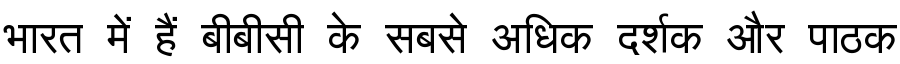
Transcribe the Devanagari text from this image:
भारत में हैं बीबीसी के सबसे अधिक दर्शक और पाठक